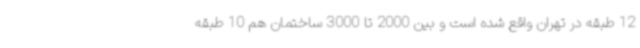
12 طبقه در تهران واقع شده است و بین 2000 تا 3000 ساختمان هم 10 طبقه